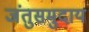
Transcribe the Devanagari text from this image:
जंतुसमुदाय